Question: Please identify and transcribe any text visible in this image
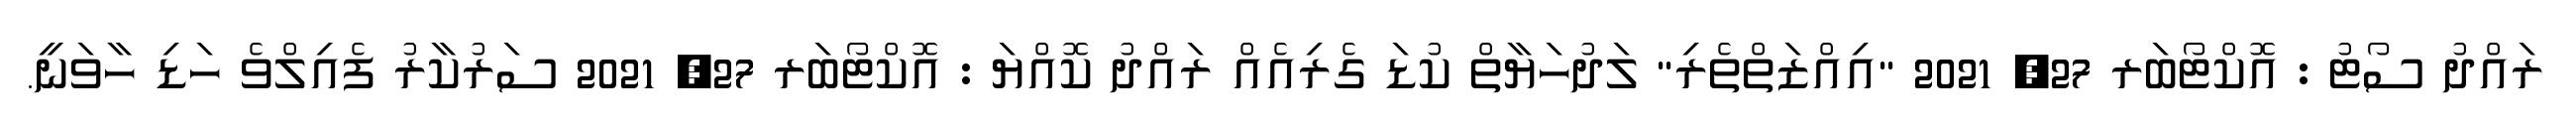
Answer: ރައްދު ސޯޓު : އޮކްޓޯބަރ 27, 2021 "އިއްޒަތްތެރި" ލަދުހަޔާތް ކުޑަ ގެރިއެއް ރައްދު ކޮއްޔަ : އޮކްޓޯބަރ 27, 2021 ސަރުކާރު ފެއިލްވެ ހަޑި ހާވަނީ.